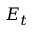
E _ { t }